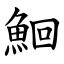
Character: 鮰